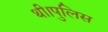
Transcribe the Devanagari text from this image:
थी।पुलिस